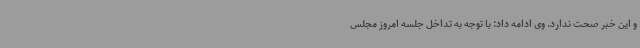
و این خبر صحت ندارد. وی ادامه داد: با توجه به تداخل جلسه امروز مجلس